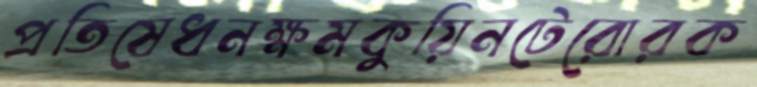
প্রতিষেধনক্ষমকুয়িনটেরোরক